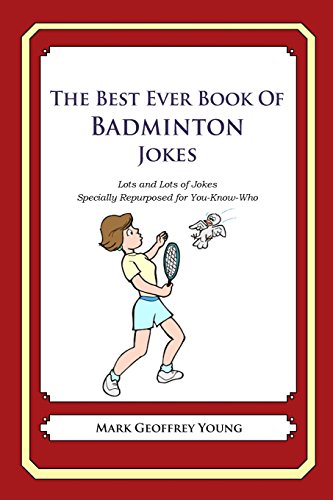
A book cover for The Best Ever Book of Badminton Jokes: Lots and Lots of Jokes Specially Repurposed for You-Know-Who; Mark Geoffrey Young; Sports & Outdoors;